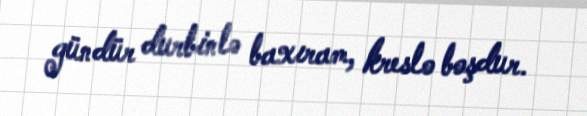
gündür durbinlə baxıram, kreslo boşdur.